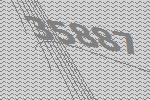
35887